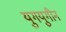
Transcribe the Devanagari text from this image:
युगयुगीन